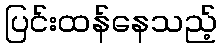
ပြင်းထန်နေသည့်